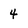
Character: 4